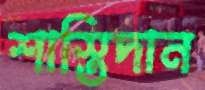
শাস্তিদান